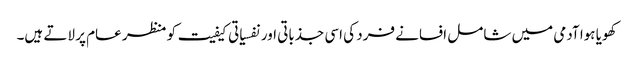
کھویا ہوا آدمی میں شامل افسانے فرد کی اسی جذباتی اور نفسیاتی کیفیت کو منظر عام پر لاتے ہیں۔